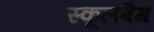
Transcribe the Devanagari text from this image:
स्कूलबैग